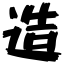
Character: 造